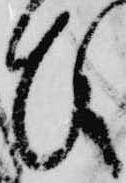
ひ